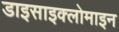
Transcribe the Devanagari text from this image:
डाइसाइक्लोमाइन